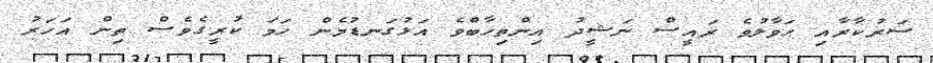
ސަރުކާރާއި ޙަވާލުވެ ރައީސް ނަޝީދު އިންތިޚާބްވެ އަޅުގަނޑުމެން ހަމަ ކުރީގެވެސް ތިން އަހަރު